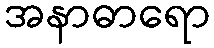
အနာဓာရော